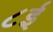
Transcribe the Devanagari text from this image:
८ई